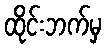
ထိုင်းဘက်မှ